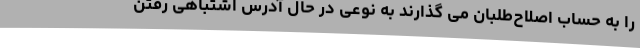
را به حساب اصلاح‌طلبان می گذارند به نوعی در حال آدرس اشتباهی رفتن